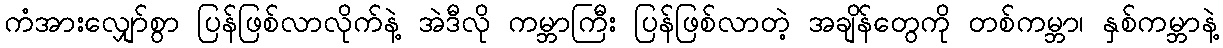
ကံအားလျှော်စွာ ပြန်ဖြစ်လာလိုက်နဲ့ အဲဒီလို ကမ္ဘာကြီး ပြန်ဖြစ်လာတဲ့ အချိန်တွေကို တစ်ကမ္ဘာ၊ နှစ်ကမ္ဘာနဲ့